Report of the Indian Hemp Drugs Commission, 1894-1895 - Volume VII
Year: 1894
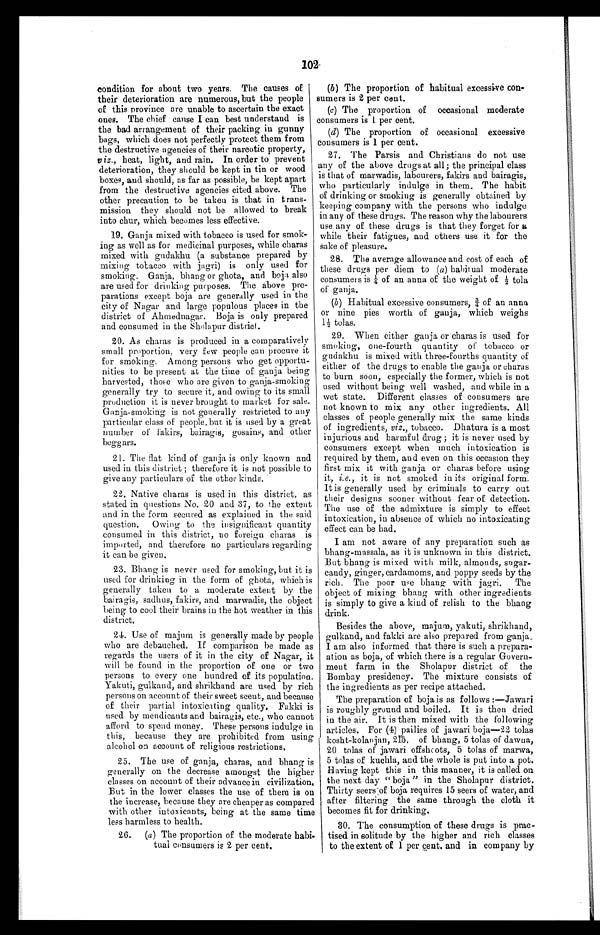
102
condition for about two years. The causes of
their deterioration are numerous, but the people
of this province are unable to ascertain the exact
ones. The chief cause I can best understand is
the bad arrangement of their packing in gunny
bags, which does not perfectly protect them from
the destructive agencies of their narcotic property,
viz ., heat, light, and rain. In order to prevent
deterioration, they should be kept in tin or wood
boxes, and should, as far as possible, be kept apart
from the destructive agencies cited above. The
other precaution to be taken is that in trans
-
mission they should not be allowed to break
into chur, which becomes less effective.
19. Ganja mixed with tobacco is used for smok
-
ing as well as for medicinal purposes, while charas
mixed with gudakhu (a substance prepared by
mixing tobaco with jagri) is only used for
smoking. Ganja, bhang or ghota, and boja also
are used for drinking purposes. The above pre-
parations except boja are generally used in the
city of Nagar and large populous places in the
district of Ahmednagar. Boja is only prepared
and consumed in the Sholapur district.
20. As charas is produced in a comparatively
small proportion, very few people can procure it
for smoking. Among persons who get opportu
-
nities to be present at the time of ganja being
harvested, those who are given to ganja-smoking
generally try to secure it, and owing to its small
production it is never brought to market for sale.
Ganja-smoking is not generally restricted to any
particular class of people, but it is used by a great
number of fakirs, bairagis, gosains, and other
beggars.
21. The flat kind of ganja is only known and
used in this district ; therefore it is not possible to
give any particulars of the other kinds.
22. Native charas is used in this district, as
stated in questions No. 20 and 37, to the extent
and in the form secured as explained in the said
question. Owing to the insignificant quantity
consumed in this district, no foreign charas is
imported, and therefore no particulars regarding
it can be given.
23. Bhang is never used for smoking, but it is
used for drinking in the form of ghota, which is
generally taken to a moderate extent by the
bairagis, sadhus, fakirs, and marwadis, the object
being to cool their brains in the hot weather in this
district.
24. Use of majum is generally made by people
who are debauched. If comparison be made as
regards the users of it in the city of Nagar, it
will be found in the proportion of one or two
persons to every one hundred of its population.
Yakuti, gulkand, and shrikhand are used by rich
persons on account of their sweet scent, and because
of their partial intoxicating quality. Fakki is
used by mendicants and bairagis, etc., who cannot
afford to spend money. These persons indulge in
this, because they are prohibited from using
alcohol on account of religious restrictions.
25. The use of ganja, charas, and bhang is
generally on the decrease amongst the higher
classes on account of their advance in civilization.
But in the lower classes the use of them is on
the increase, because they are cheaper as compared
with other intoxicants, being at the same time
less harmless to health.
26.
(a ) The proportion of the moderate habi-
tual consumers is 2 per cent.
(b) The proportion of habitual excessive con
-
sumers is 2 per cent.
(c) The proportion of occasional moderate
consumers is 1 per cent.
(d) The proportion of occasional excessive
consumers is 1 per cent.
27. The Parsis and Christians do not use
any of the above drugs at all; the principal class
is that of marwadis, labourers, fakirs and bairagis,
who particularly indulge in them. The habit
of drinking or smoking is generally obtained by
keeping company with the persons who indulge
in any of these drugs. The reason why the labourers
use any of these drugs is that they forget for a
while their fatigues, and others use it for the
sake of pleasure.
28. The average allowance and cost of each of
these drugs per diem to ( a ) habitual moderate
consumers is ¼o f a n a n n a o f t h e w e i g h t o f ½t
o l a
of ganja.
(b ) Habitual excessive consumers, ¾ of an anna
or nine pies worth of ganja, which weighs
1½ tolas.
29. When either ganja or charas is used for
smoking, one-fourth quantity of tobacco or
gudakhu is mixed with three-fourths quantity of
either of the drugs to enable the ganja or charas
to burn soon, especially the former, which is not
used without being well washed, and while in a
wet state. Different classes of consumers are
not known to mix any other ingredients. All
classes of people generally mix the same kinds
of ingredients, viz., tobacco. Dhatura is a most
injurious and harmful drug ; it is never used by
consumers except when much intoxication is
required by them, and even on this occasion they
first mix it with ganja or charas before using
it, i.e., it is not smoked in its original form.
It is generally used by criminals to carry out
their designs sooner without fear of detection.
The use of the admixture is simply to effect
intoxication, in absence of which no intoxicating
effect can be had.
I am not aware of any preparation such as
bhang-massala, as it is unknown in this district.
But bhang is mixed with milk, almonds, sugar
-
candy, ginger, cardamoms, and poppy seeds by the
rich. The poor use bhang with jagri. The
object of mixing bhang with other ingredients
is simply to give a kind of relish to the bhang
drink.
Besides the above, majum, yakuti, shrikhand,
gulkand, and fakki are also prepared from ganja.
I am also informed that there is such a prepara
-
ation as boja, of which there is a regular Govern
-
ment farm in the Sholapur district of the
Bombay presidency. The mixture consists of
the ingredients as per recipe attached.
The preparation of boja is as follows :—Jawari
is roughly ground and boiled. It is then dried
in the air. It is then mixed with the following
articles. For (4) pailies of jawari boja—22 tolas
kosht-kolanjan, 2њ . of bhang, 5 tolas of dawna,
20 tolas of jawari offshcots, 5 tolas of marwa,
5 tolas of kuchla, and the whole is put into a pot.
Having kept this in this manner, it is called on
the next day "boja" in the Sholapur district.
Thirty seersof boja requires 15 seers of water, and
after filtering the same through the cloth it
becomes fit for drinking.
30. The consumption of these drugs is prac
-
tised in solitude by the higher and rich classes
to the extent of 1 per cent. and in company by